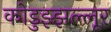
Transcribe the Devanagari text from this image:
कोडुझ्झल्लूर